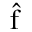
\hat { \boldsymbol { \mathrm { f } } }